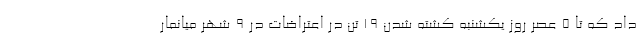
داد که تا ۵ عصر روز یکشنبه کشته شدن ۱۹ تن در اعتراضات در ۹ شهر میانمار